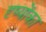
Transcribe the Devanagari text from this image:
दृष्योंका